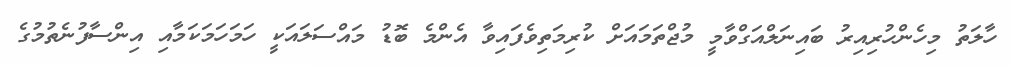
ހާލަތު މިހެންހުރިއިރު ބައިނަލްއަގްވާމީ މުޖްތަމައަށް ކުރިމަތިވެފައިވާ އެންމެ ބޮޑު މައްސަލައަކީ ހަމަހަމަކަމާއި އިންސާފުނެތުމުގެ